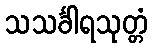
သသင်္ခါရသုတ္တံ